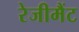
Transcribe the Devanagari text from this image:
रेजीमैंट